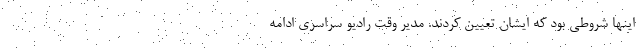
اینها شروطی بود که ایشان تعیین کردند. مدیر وقت رادیو سراسری ادامه